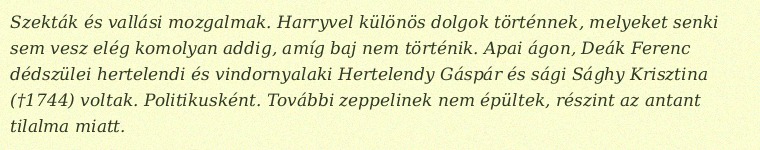
Szekták és vallási mozgalmak. Harryvel különös dolgok történnek, melyeket senki sem vesz elég komolyan addig, amíg baj nem történik. Apai ágon, Deák Ferenc dédszülei hertelendi és vindornyalaki Hertelendy Gáspár és sági Sághy Krisztina (†1744) voltak. Politikusként. További zeppelinek nem épültek, részint az antant tilalma miatt.